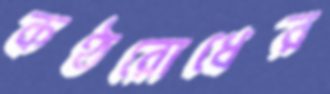
কণ্ঠরোধের